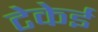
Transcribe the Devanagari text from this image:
टेकेई